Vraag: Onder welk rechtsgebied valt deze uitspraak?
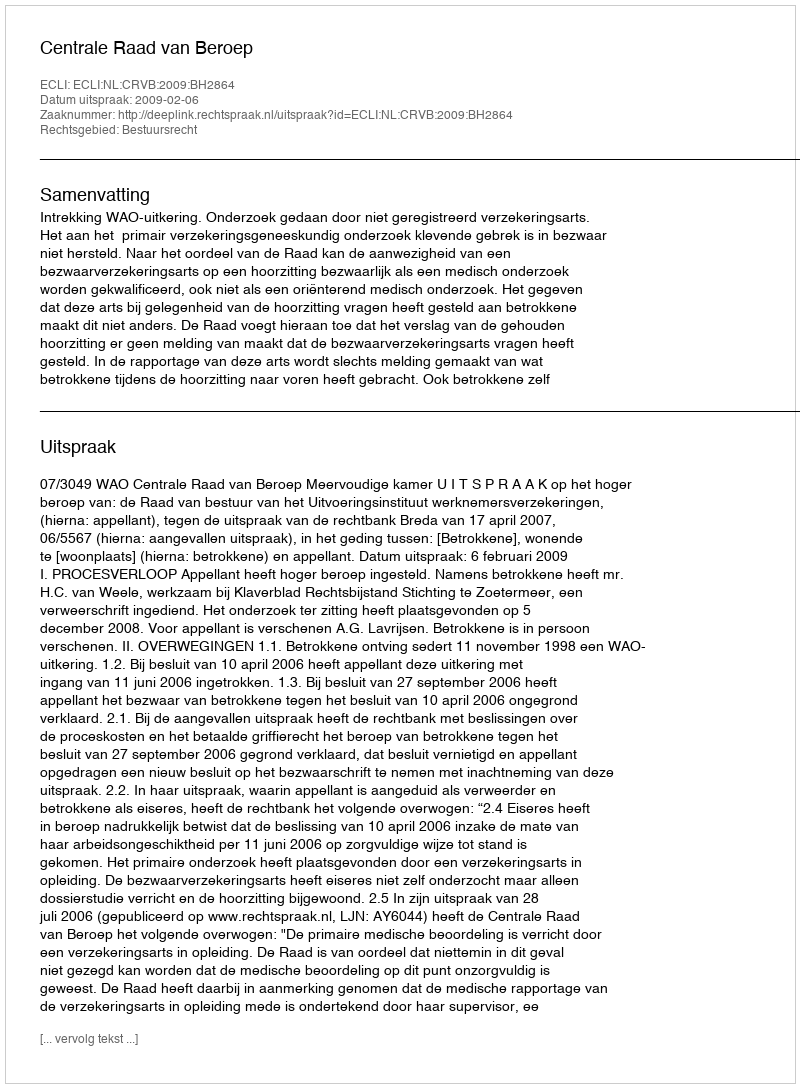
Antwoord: Bestuursrecht